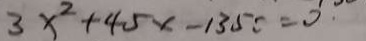
3 x ^ { 2 } + 4 5 x - 1 3 5 = 0